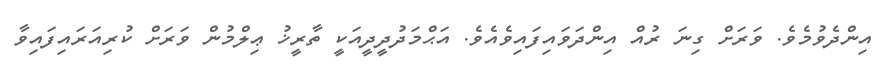
އިންދެވުމެވެ. ވަރަށް ގިނަ ރުއް އިންދަވައިފައިވެއެވެ. އަޙްމަދުދީދީއަކީ ތާރީޚު ޢިލްމުން ވަރަށް ކުރިއަރައިފައިވާ